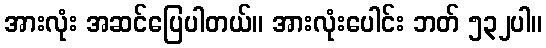
အားလုံး အဆင်ပြေပါတယ်။ အားလုံးပေါင်း ဘတ် ၅၃၂ပါ။